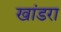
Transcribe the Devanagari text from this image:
खांडरा